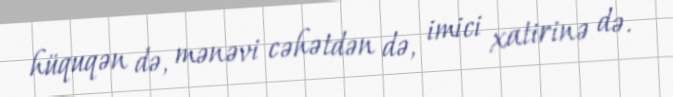
hüquqən də, mənəvi cəhətdən də, imici xatirinə də.